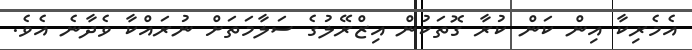
އެމެރިކާ އިން ކަން ކުރާ ގޮތަކުން އިޒްރޭލުގެ ސަލާމަތަށް ނުރައްކާ ވެދާނެ އެވެ.